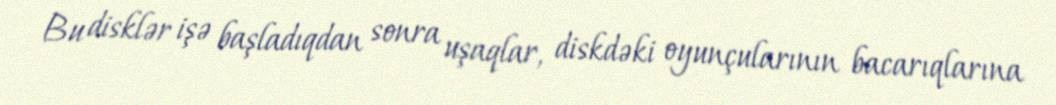
Bu disklər işə başladıqdan sonra uşaqlar, diskdəki oyunçularının bacarıqlarına